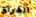
الفراق